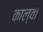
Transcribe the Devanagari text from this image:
काल्वा